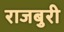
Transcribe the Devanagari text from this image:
राजबुरी